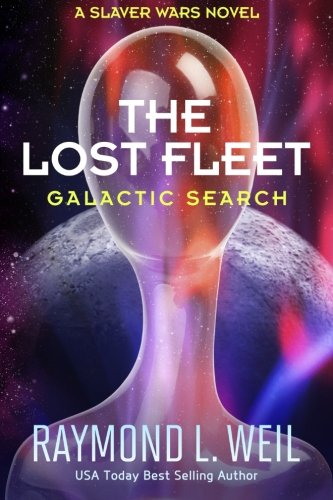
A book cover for The Lost Fleet: Galactic Search: A Slaver Wars Novel (Volume 1); Raymond L. Weil; Science Fiction & Fantasy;